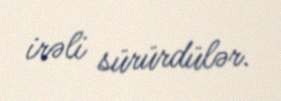
irəli sürürdülər.